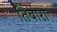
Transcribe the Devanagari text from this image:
तिबारा